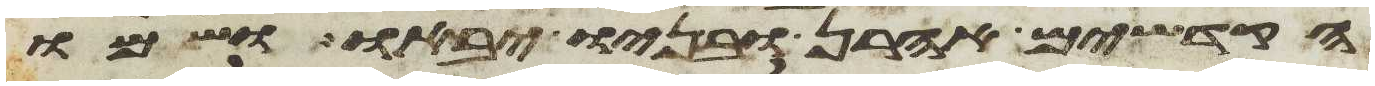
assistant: הקדשים אהרן ובניו יבאו ושמו